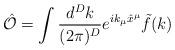
LaTeX: \begin{align*}\hat{\cal O}= \int \frac{d^D k}{(2 \pi)^D} e^{i k_{\mu}\hat{x}^{\mu}}\tilde{f}(k)\end{align*}